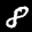
Label: 8